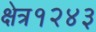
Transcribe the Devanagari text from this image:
क्षेत्र१२४३